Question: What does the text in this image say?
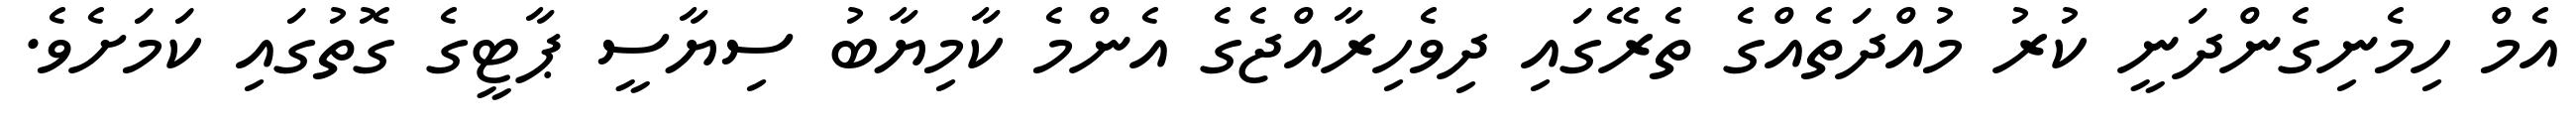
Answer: އެމް ހިމެނިގެންދަނީ ކުރު މުއްދަތެއްގެ ތެރޭގައި ދިވެހިރާއްޖެގެ އެންމެ ކާމިޔާބު ސިޔާސީ ޕާޓީގެ ގޮތުގައި ކަމަށެވެ.